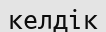
келдік